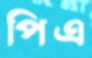
পিএ